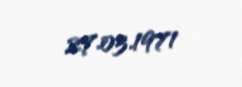
27.03.1971